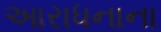
આરાધનાના